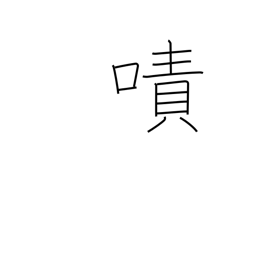
Meaning: torment